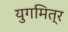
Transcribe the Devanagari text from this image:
युगमित्र